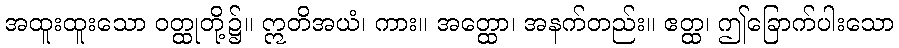
အထူးထူးသော ဝတ္ထုတို့၌။ ဣတိအယံ၊ ကား။ အတ္ထော၊ အနက်တည်း။ ဧတ္ထ၊ ဤခြောက်ပါးသော